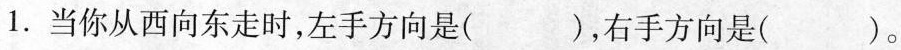
1.当你从西向东走时，左手方向是( )，右手方向是( )。